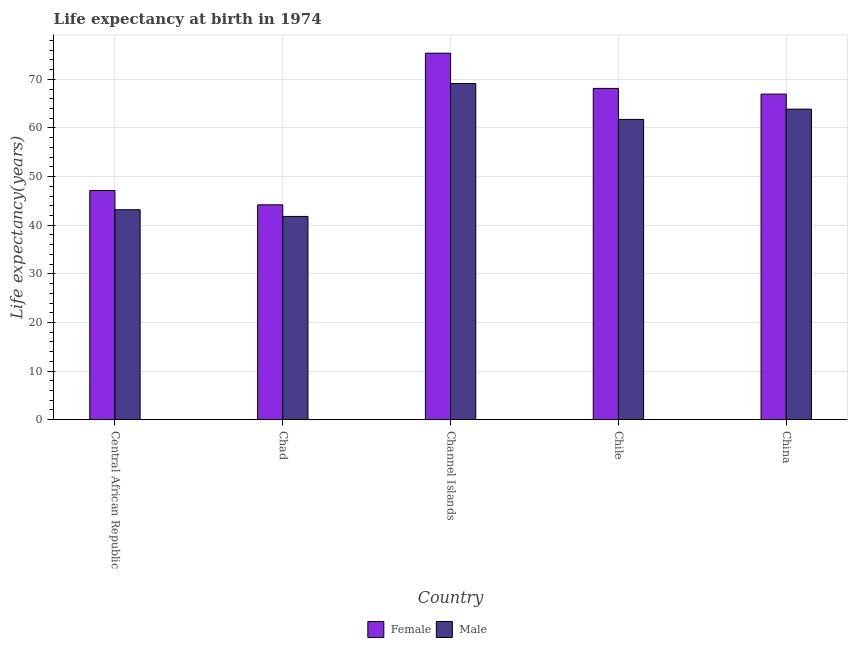
| Country | Female | Male |
 | --- | --- | --- |
 | Central African Republic | 47.1 | 43.2 |
 | Chad | 44.2 | 41.8 |
 | Channel Islands | 75.4 | 69.1 |
 | Chile | 68.1 | 61.8 |
 | China | 67 | 63.9 |